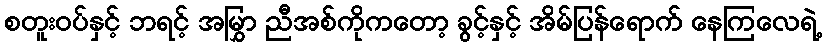
စတူးဝပ်နှင့် ဘရင့် အမြွှာ ညီအစ်ကိုကတော့ ခွင့်နှင့် အိမ်ပြန်ရောက် နေကြလေရဲ့